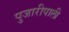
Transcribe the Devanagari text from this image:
पुजारीपाली